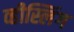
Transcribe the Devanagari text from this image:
व्हीस्लिंग